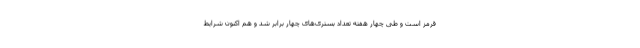
قرمز است و طی چهار هفته تعداد بستری‌های چهار برابر شد و هم اکنون شرایط